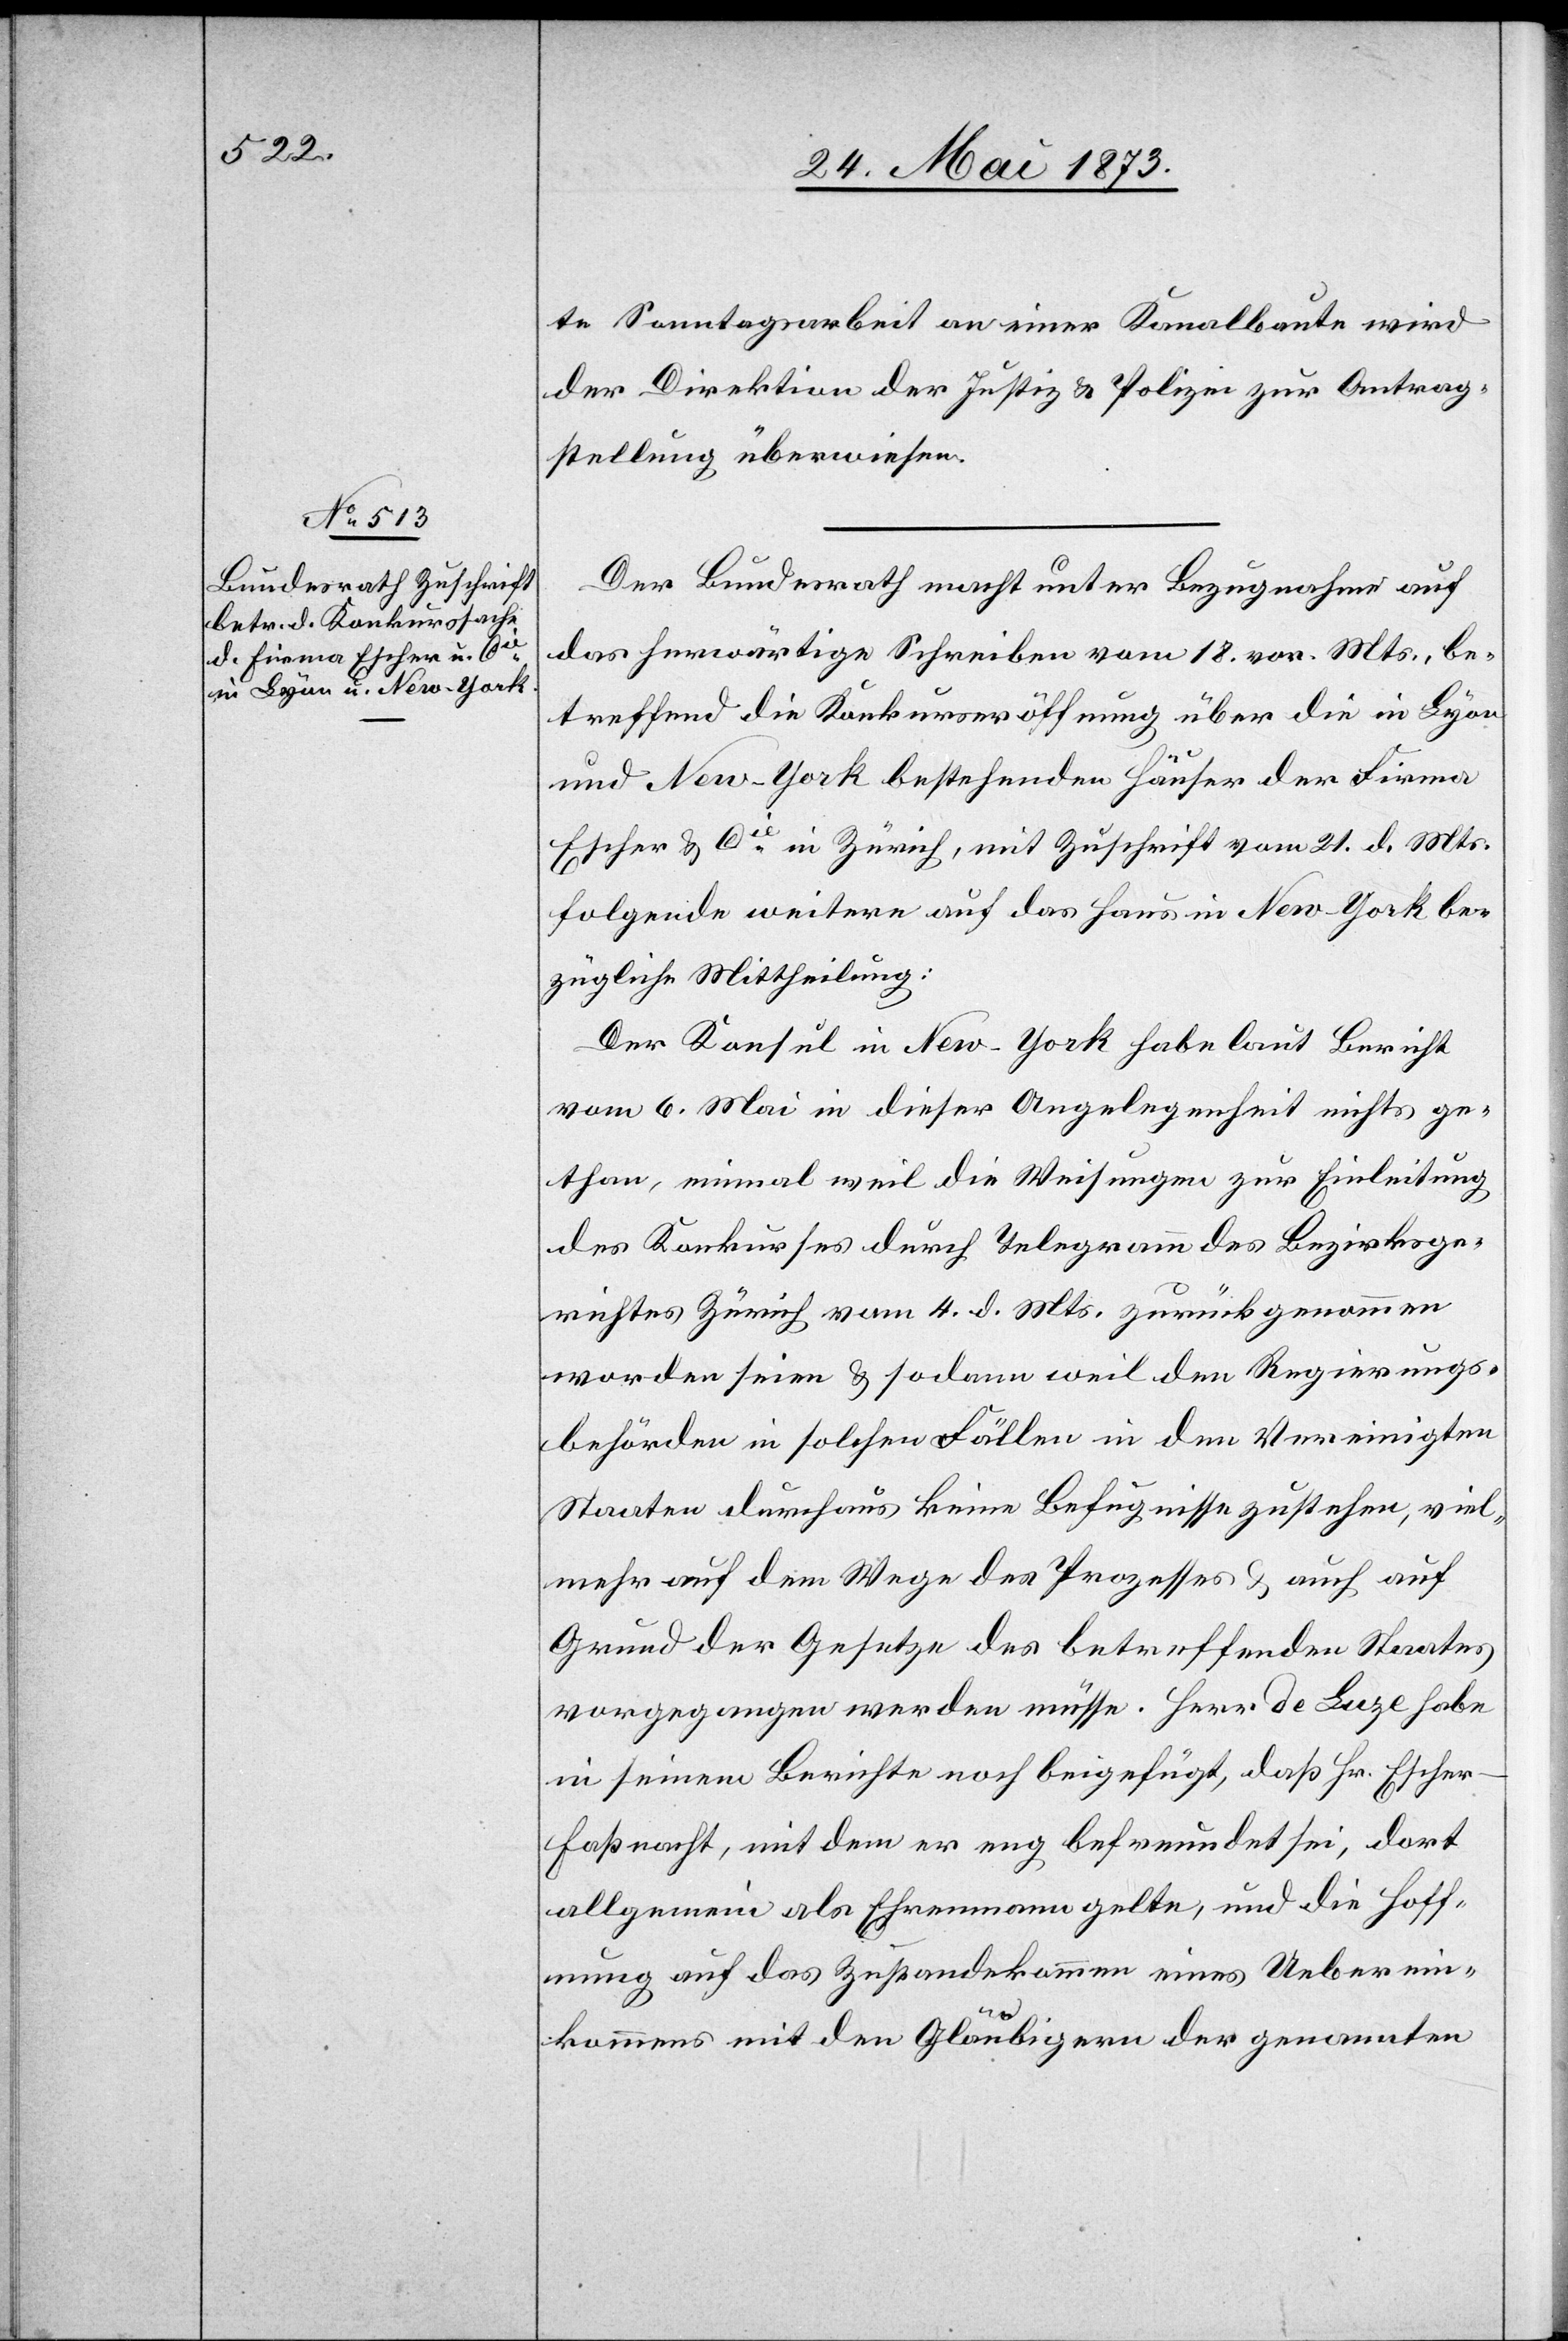
26. Mai 1873.]
te Sonntagsarbeit an einer Kanalbaute wird
der Direktion der Justiz & Polizei zur Antrag¬
stellung überwiesen.
Der Bundesrath macht unter Bezugnahme auf
das herwärtige Schreiben vom 18. vor. Mts., be¬
treffend die Konkurseröffnung über die in Lyon
und New-York bestehenden Häuser der Firma
Escher & Cie in Zürich, mit Zuschrift vom 21. d. Mts.
folgende weitere auf das Haus in New-York be¬
zügliche Mittheilung:
Der Konsul in New-York habe laut Bericht
vom 6. Mai in dieser Angelegenheit nichts ge¬
than, einmal weil die Weisungen zur Einleitung
des Konkurses durch Telegramm des Bezirksge¬
richtes Zürich vom 4. d. Mts. zurückgenommen
worden seien & sodann weil den Regierungs¬
behörden in solchen Fällen in den Vereinigten
Staaten durchaus keine Befugnisse zustehen, viel¬
mehr auf dem Wege des Prozesses & auch auf
Grund der Gesetze des betreffenden Staates
vorgegangen werden müsse. Herr de Luze habe
in seinem Berichte noch beigefügt, daß Hr. Esche¬
r-Faßnacht, mit dem er eng befreundet sei, dort
allgemein als Ehrenmann gelte, und die Hoff¬
nung auf das Zustandekommen eines Ueberein¬
kommens mit den Gläubigern der genannten